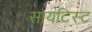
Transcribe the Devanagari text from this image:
सायंटिस्ट